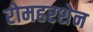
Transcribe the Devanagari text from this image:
रोमहरशेन